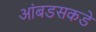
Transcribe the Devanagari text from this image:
आंबडसकडे